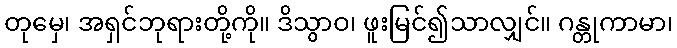
တုမှေ၊ အရှင်ဘုရားတို့ကို။ ဒိသွာဝ၊ ဖူးမြင်၍သာလျှင်။ ဂန္တုကာမာ၊